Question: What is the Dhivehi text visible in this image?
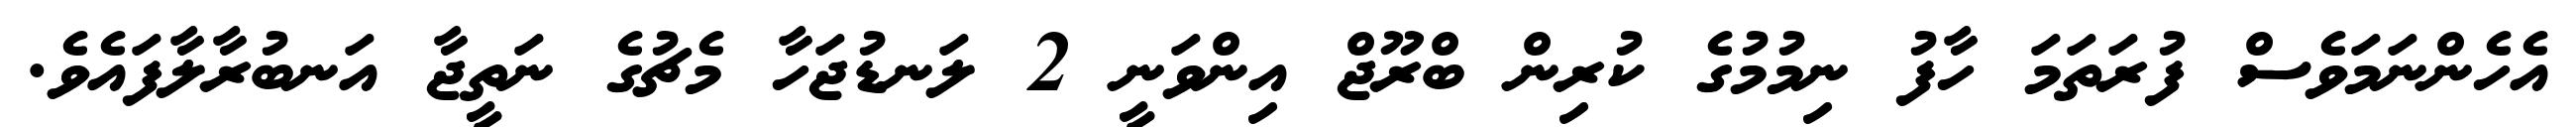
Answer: އެހެންނަމަވެސް ފުރަތަމަ ހާފު ނިމުމުގެ ކުރިން ބްރޫޖް އިންވަނީ 2 ލަނޑުޖަހާ މެޗުގެ ނަތީޖާ އަނބުރާލާފައެވެ.